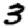
Digit: 3